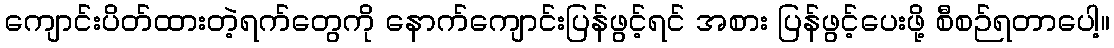
ကျောင်းပိတ်ထားတဲ့ရက်တွေကို နောက်ကျောင်းပြန်ဖွင့်ရင် အစား ပြန်ဖွင့်ပေးဖို့ စီစဉ်ရတာပေါ့။